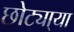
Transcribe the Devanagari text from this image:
छोट्या्या